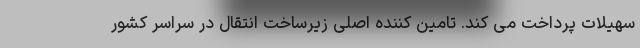
سهیلات پرداخت می کند. تامین کننده اصلی زیرساخت انتقال در سراسر کشور